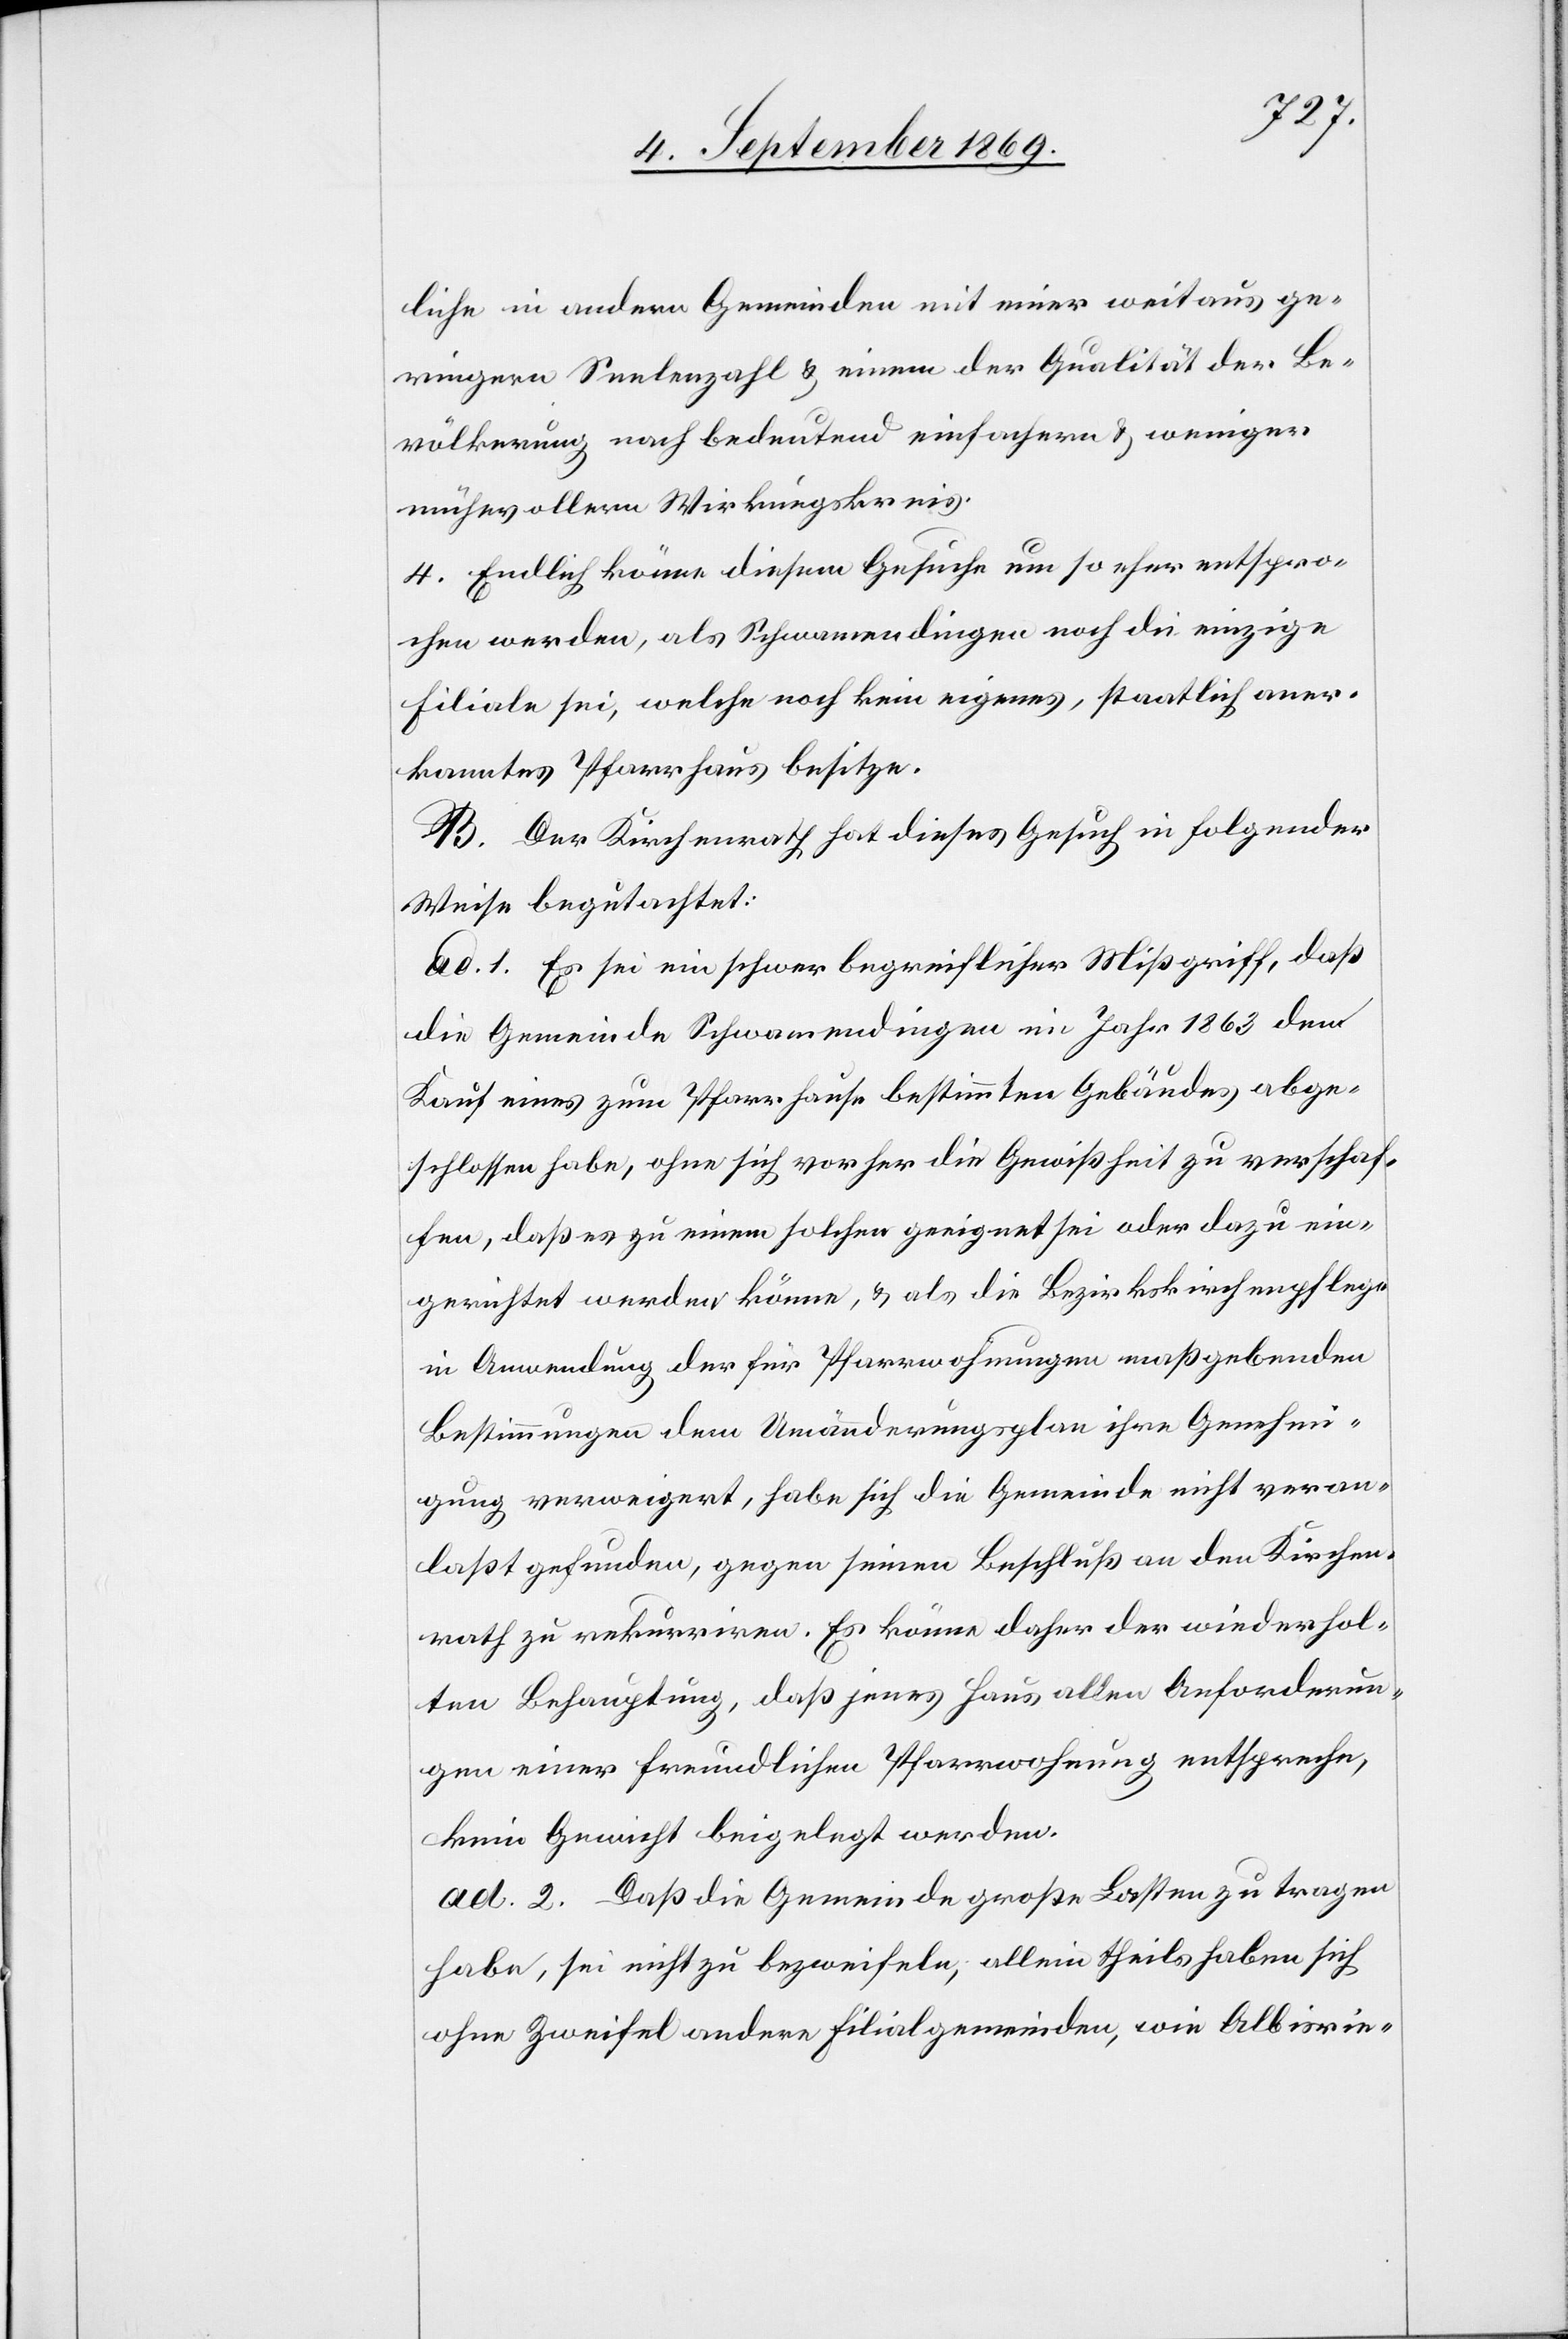
liche in andern Gemeinden mit einer weitaus ge¬
ringern Seelenzahl & einem der Qualität der Be¬
völkerung nach bedeutend einfachern & weniger
mühevollern Wirkungskreis.
4. Endlich könne diesem Gesuche um so eher entspro¬
chen werden, als Schwamendingen noch die einzige
Filiale sei, welche noch kein eigenes, staatlich aner¬
kanntes Pfarrhaus besitze.
B. Der Kirchenrath hat dieses Gesuch in folgender
Weise begutachtet:
ad. 1. Es sei ein schwer begreiflicher Mißgriff, daß
die Gemeinde Schwamendingen im Jahr 1863 den
Kauf eines zum Pfarrhause bestimmten Gebäudes abge¬
schlossen habe, ohne sich vorher die Gewißheit zu verschaf¬
fen, daß es zu einem solchen geeignet sei oder dazu ein¬
gerichtet werden könne, & als die Bezirkskirchenpflege
in Anwendung der für Pfarrwohnungen maßgebenden
Bestimmungen dem Umänderungsplan ihre Genehmi¬
gung verweigert, habe sich die Gemeinde nicht veran¬
laßt gefunden, gegen seinen Beschluß an den Kirchen¬
rath zu rekurriren. Es könne daher der wiederhol¬
ten Behauptung, daß jenes Haus allen Anforderun¬
gen einer freundlichen Pfarrwohnung entspreche,
kein Gewicht beigelegt werden.
ad. 2. Daß die Gemeinde große Lasten zu tragen
habe, sei nicht zu bezweifeln, allein theils haben sich
ohne Zweifel andere Filialgemeinden, wie Albisrie-